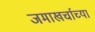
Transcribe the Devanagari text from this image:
जमाखर्चाच्या